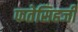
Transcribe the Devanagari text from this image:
फतेसिहजी